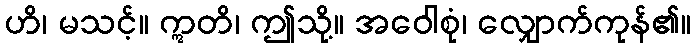
ဟိ၊ မသင့်။ ဣတိ၊ ဤသို့။ အဝေါစုံ၊ လျှောက်ကုန်၏။